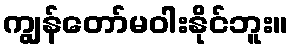
ကျွန်တော်မဝါးနိုင်ဘူး။